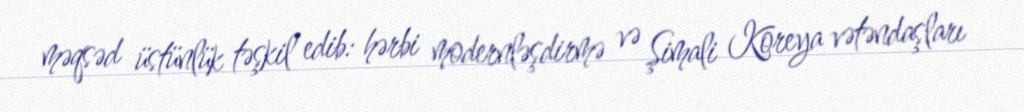
məqsəd üstünlük təşkil edib: hərbi modernləşdirmə və Şimali Koreya vətəndaşları